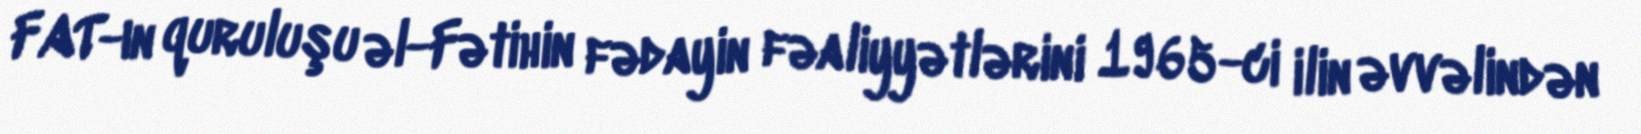
FAT-ın quruluşu əl-Fətihin fədayin fəaliyyətlərini 1965-ci ilin əvvəlindən